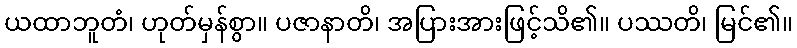
ယထာဘူတံ၊ ဟုတ်မှန်စွာ။ ပဇာနာတိ၊ အပြားအားဖြင့်သိ၏။ ပဿတိ၊ မြင်၏။